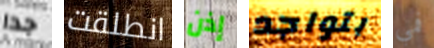
جدا انطلقت إذن بتواجد فمي